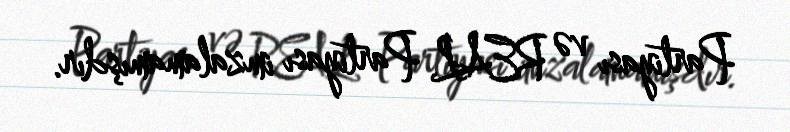
Partiyası və REAL Partiyası imzalamamışdır.